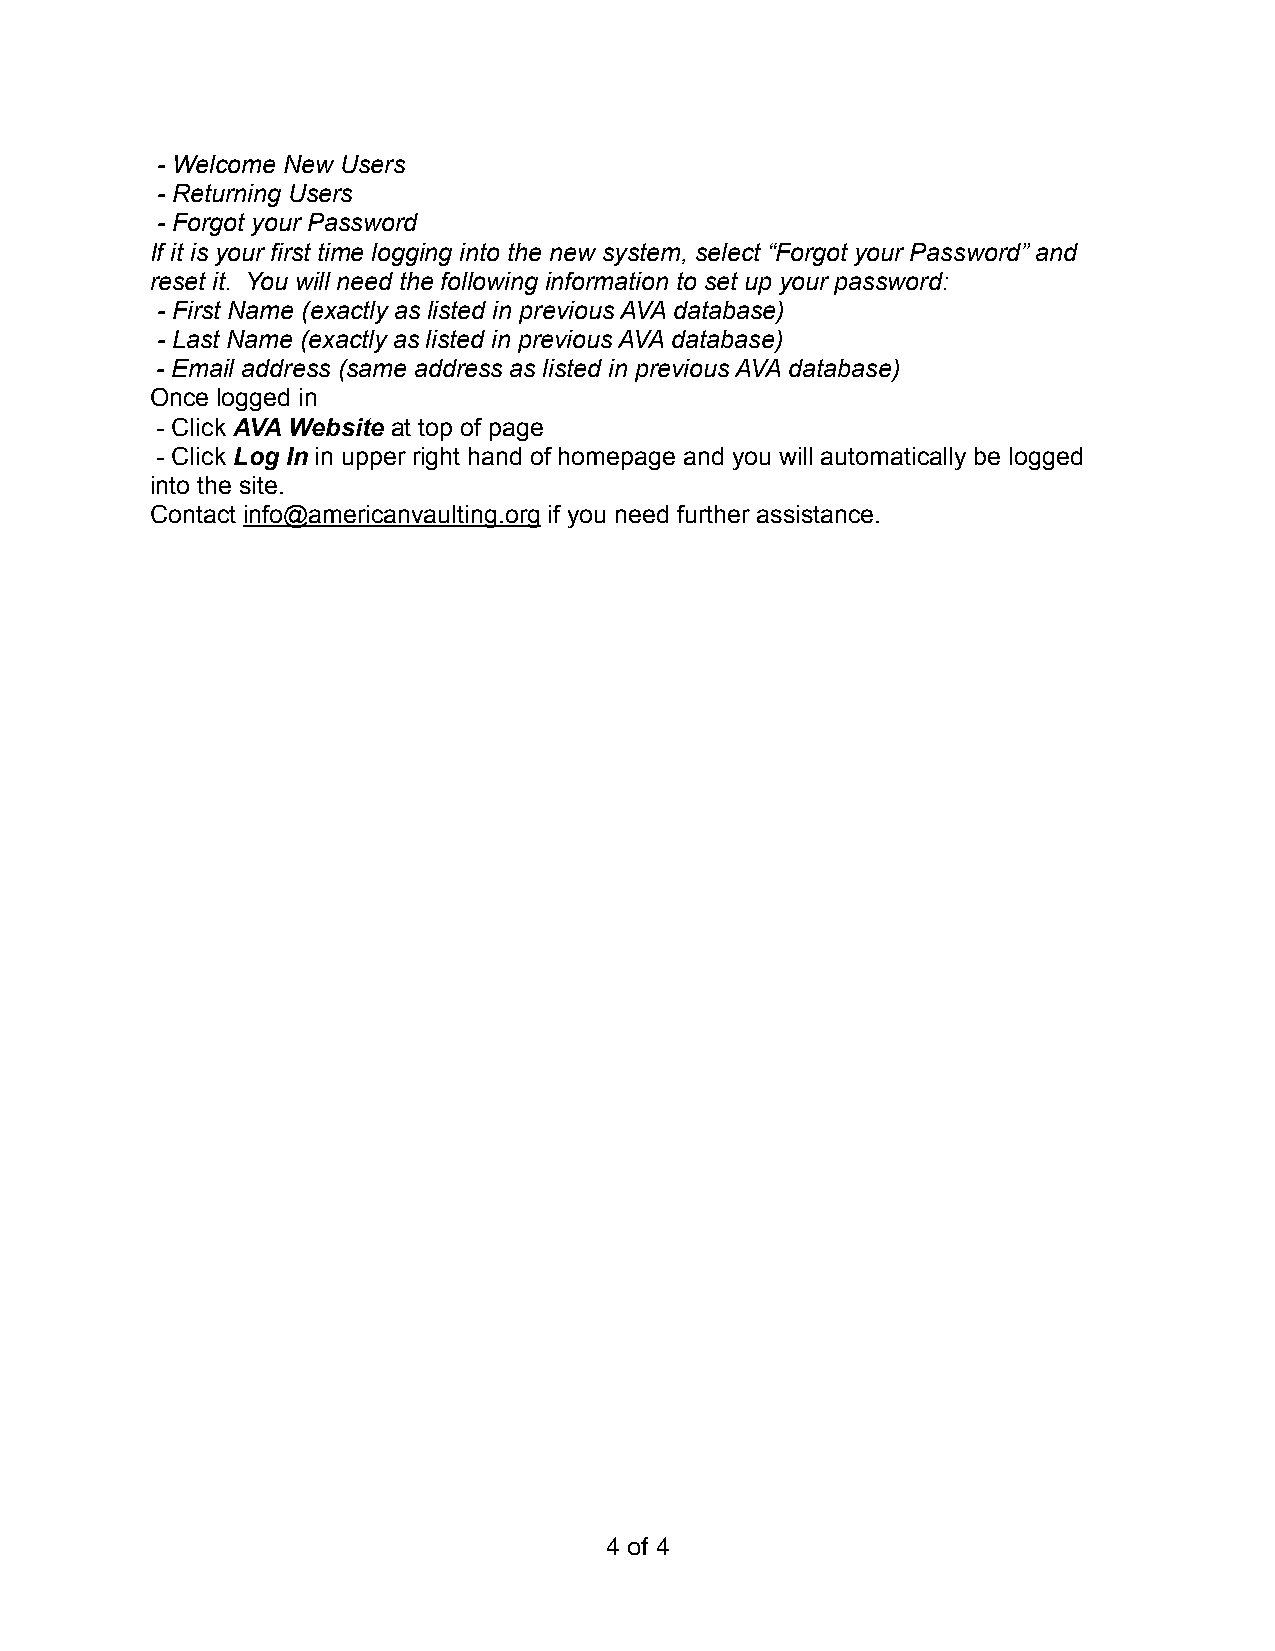
- Welcome New Users
 - Returning Users
 - Forgot your Password
 If it is your first time logging into the new system, select “Forgot your Password” and
 reset it. You will need the following information to set up your password:
 - First Name (exactly as listed in previous AVA database)
 - Last Name (exactly as listed in previous AVA database)
 - Email address (same address as listed in previous AVA database)
 Once logged in
 - Click AVA Website at top of page
 - Click Log In in upper right hand of homepage and you will automatically be logged
 into the site.
 Contact info@americanvaulting.org if you need further assistance.
 4 of 4